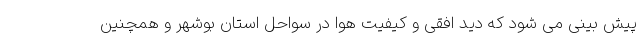
پیش بینی می شود که دید افقی و کیفیت هوا در سواحل استان بوشهر و همچنین